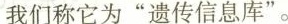
我们称它为”遗传信息库”。